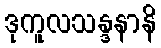
ဒုကူလသန္ဒနာနိ